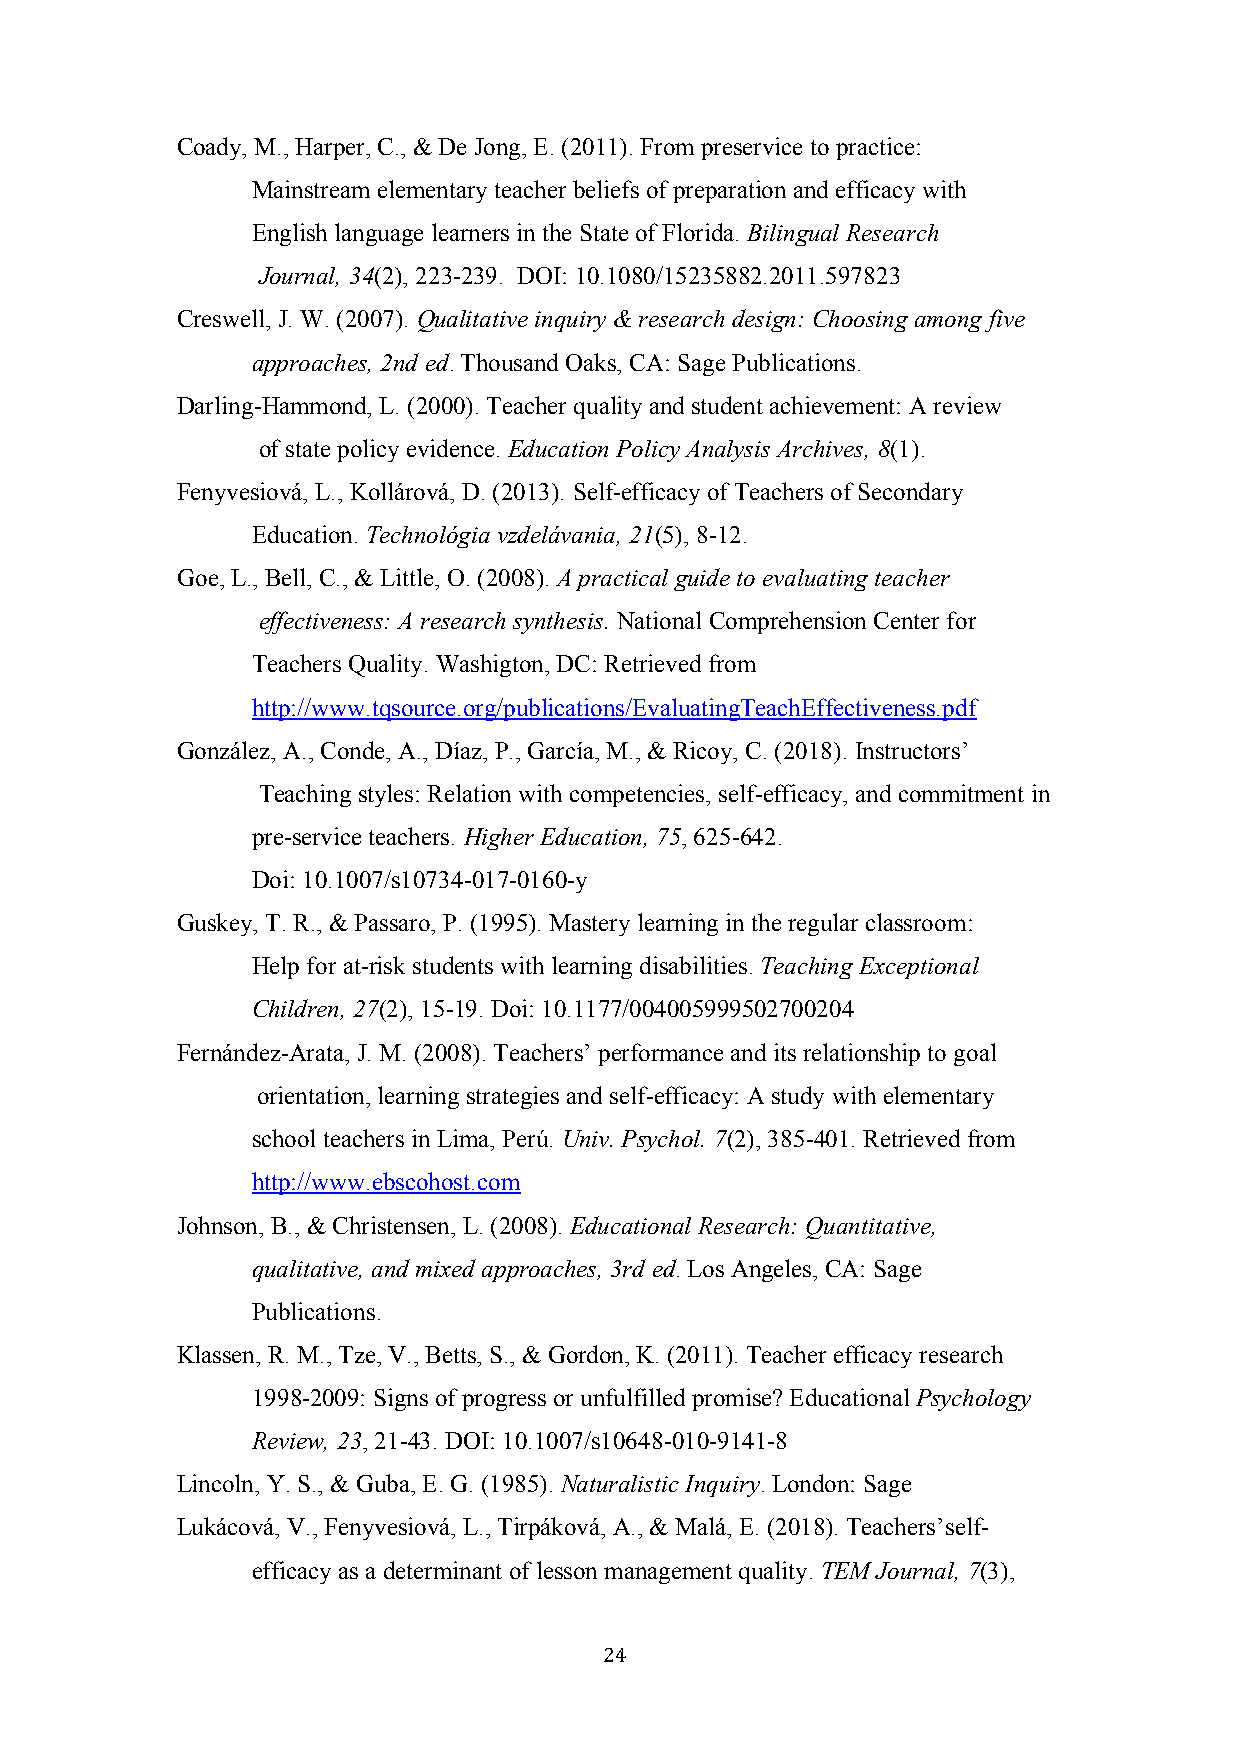
Coady, M., Harper, C., & De Jong, E. (2011). From preservice to practice:
 Mainstream elementary teacher beliefs of preparation and efficacy with
 English language learners in the State of Florida. Bilingual Research
 Journal, 34(2), 223-239. DOI: 10.1080/15235882.2011.597823
 Creswell, J. W. (2007). Qualitative inquiry & research design: Choosing among five
 approaches, 2nd ed. Thousand Oaks, CA: Sage Publications.
 Darling-Hammond, L. (2000). Teacher quality and student achievement: A review
 of state policy evidence. Education Policy Analysis Archives, 8(1).
 Fenyvesiová, L., Kollárová, D. (2013). Self-efficacy of Teachers of Secondary
 Education. Technológia vzdelávania, 21(5), 8-12.
 Goe, L., Bell, C., & Little, O. (2008). A practical guide to evaluating teacher
 effectiveness: A research synthesis. National Comprehension Center for
 Teachers Quality. Washigton, DC: Retrieved from
 http://www.tqsource.org/publications/EvaluatingTeachEffectiveness.pdf
 González, A., Conde, A., Díaz, P., García, M., & Ricoy, C. (2018). Instructors’
 Teaching styles: Relation with competencies, self-efficacy, and commitment in
 pre-service teachers. Higher Education, 75, 625-642.
 Doi: 10.1007/s10734-017-0160-y
 Guskey, T. R., & Passaro, P. (1995). Mastery learning in the regular classroom:
 Help for at-risk students with learning disabilities. Teaching Exceptional
 Children, 27(2), 15-19. Doi: 10.1177/004005999502700204
 Fernández-Arata, J. M. (2008). Teachers’ performance and its relationship to goal
 orientation, learning strategies and self-efficacy: A study with elementary
 school teachers in Lima, Perú. Univ. Psychol. 7(2), 385-401. Retrieved from
 http://www.ebscohost.com
 Johnson, B., & Christensen, L. (2008). Educational Research: Quantitative,
 qualitative, and mixed approaches, 3rd ed. Los Angeles, CA: Sage
 Publications.
 Klassen, R. M., Tze, V., Betts, S., & Gordon, K. (2011). Teacher efficacy research
 1998-2009: Signs of progress or unfulfilled promise? Educational Psychology
 Review, 23, 21-43. DOI: 10.1007/s10648-010-9141-8
 Lincoln, Y. S., & Guba, E. G. (1985). Naturalistic Inquiry. London: Sage
 Lukácová, V., Fenyvesiová, L., Tirpáková, A., & Malá, E. (2018). Teachers’self-
 efficacy as a determinant of lesson management quality. TEM Journal, 7(3),
 24